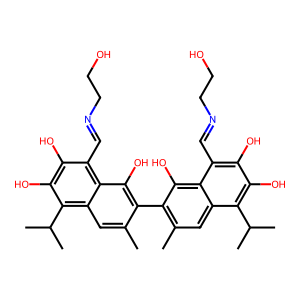
SMILES: Cc1cc2c(C(C)C)c(O)c(O)c(C=NCCO)c2c(O)c1-c1c(C)cc2c(C(C)C)c(O)c(O)c(C=NCCO)c2c1O
Inhibits HIV replication: No